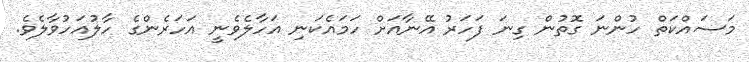
މަސައްކަތް ހުންނަ ގޮތުން ގިނަ ފަހަރު އޭނާއަށް ހަމައެކަނި އަހާލެވެނީ އަހަރެންގެ ހާލުއަހުވާލެވެ.